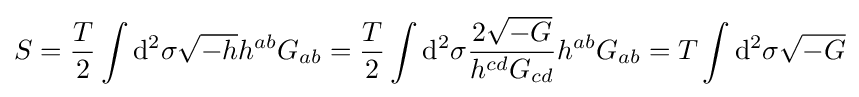
S={T \over 2}\int \mathrm {d} ^{2}\sigma {\sqrt {-h}}h^{ab}G_{ab}={T \over 2}\int \mathrm {d} ^{2}\sigma {\frac {2{\sqrt {-G}}}{h^{cd}G_{cd}}}h^{ab}G_{ab}=T\int \mathrm {d} ^{2}\sigma {\sqrt {-G}}